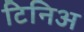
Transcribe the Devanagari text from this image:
टिनिअ